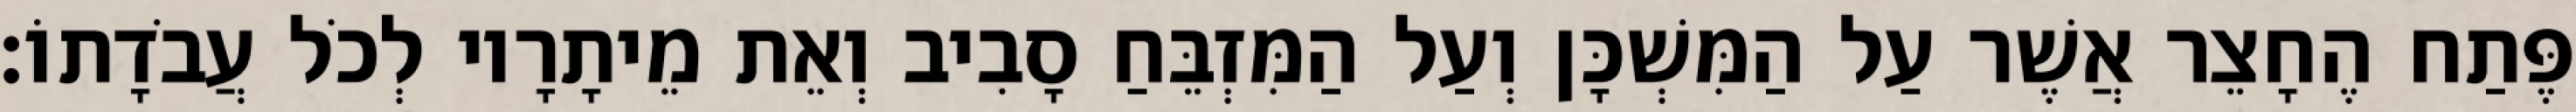
פֶּתַח הֶחָצֵר אֲשֶׁר עַל הַמִּשְׁכָּן וְעַל הַמִּזְבֵּחַ סָבִיב וְאֵת מֵיתָרָיו לְכֹל עֲבֹדָתוֹ׃